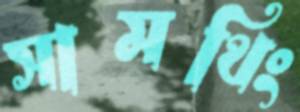
সামথিং